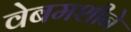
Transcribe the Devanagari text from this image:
वेबमशीने